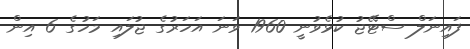
ފައިނަލް ސްޓޭޖު ކުޅެވުނީ 1960 ވަނަ އަހަރުގެ ޖުލައި މަހުގެ 6 އިން